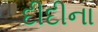
દીદીના